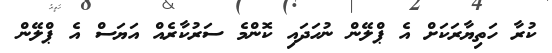
ކުރާ ހަތިޔާރަކަށް އެ ޕްލޭން ނުހަދައި ކޮންމެ ސަރުކާރެއް އަޔަސް އެ ޕްލޭން